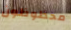
محظوظون